Indian journal of veterinary science and animal husbandry - Volume 8,
Year: 1938
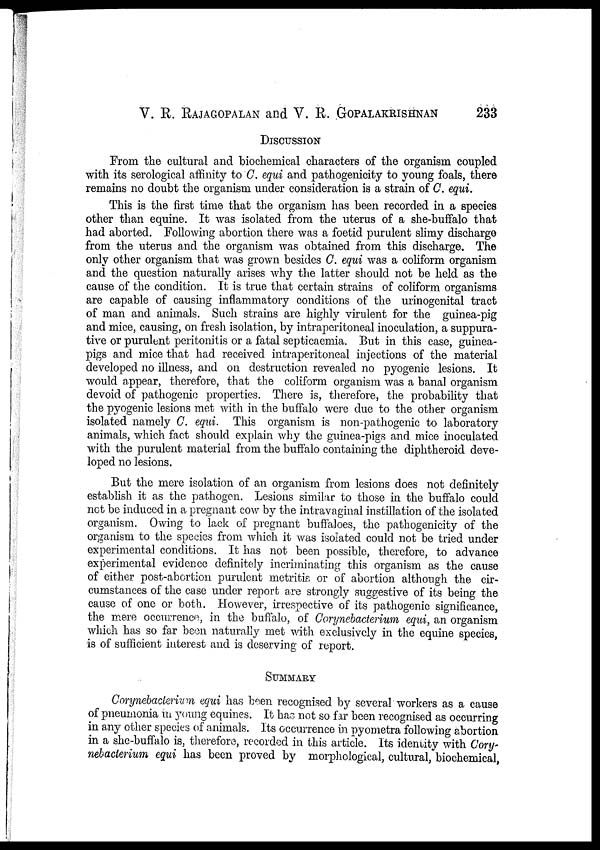
V. R. RAJAGOPALAN and V. R. GOPALAKRISHNAN 233
DISCUSSION
From the cultural and biochemical characters of the organism coupled
with its serological affinity to C. equi and pathogenicity to young foals, there
remains no doubt the organism under consideration is a strain of C. equi.
This is the first time that the organism has been recorded in a species
other than equine. It was isolated from the uterus of a she-buffalo that
had aborted. Following abortion there was a foetid purulent slimy discharge
from the uterus and the organism was obtained from this discharge. The
only other organism that was grown besides C. equi was a coliform organism
and the question naturally arises why the latter should not be held as the
cause of the condition. It is true that certain strains of coliform organisms
are capable of causing inflammatory conditions of the urinogenital tract
of man and animals. Such strains are highly virulent for the guinea-pig
and mice, causing, on fresh isolation, by intraperitoneal inoculation, a suppura-
tive or purulent peritonitis or a fatal septicaemia. But in this case, guinea-
pigs and mice that had received intraperitoneal injections of the material
developed no illness, and on destruction revealed no pyogenic lesions. It
would appear, therefore, that the coliform organism was a banal organism
devoid of pathogenic properties. There is, therefore, the probability that
the pyogenic lesions met with in the buffalo were due to the other organism
isolated namely C. equi. This organism is non-pathogenic to laboratory
animals, which fact should explain why the guinea-pigs and mice inoculated
with the purulent material from the buffalo containing the diphtheroid deve-
loped no lesions.
But the mere isolation of an organism from lesions does not definitely
establish it as the pathogen. Lesions similar to those in the buffalo could
not be induced in a pregnant cow by the intravaginal instillation of the isolated
organism. Owing to lack of pregnant buffaloes, the pathogenicity of the
organism to the species from which it was isolated could not be tried under
experimental conditions. It has not been possible, therefore, to advance
experimental evidence definitely incriminating this organism as the cause
of either post-abortion purulent metritis or of abortion although the cir-
cumstances of the case under report are strongly suggestive of its being the
cause of one or both. However, irrespective of its pathogenic significance,
the mere occurrence, in the buffalo, of Corynebacterium equi, an organism
which has so far been naturally met with exclusively in the equine species,
is of sufficient interest and is deserving of report.
SUMMARY
Corynebacterium equi has been recognised by several workers as a cause
of pneumonia in young equines. It has not so far been recognised as occurring
in any other species of animals. Its occurrence in pyometra following abortion
in a she-buffalo is, therefore, recorded in this article. Its identity with Cory-
nebacterium equi has been proved by morphological, cultural, biochemical,